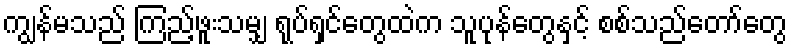
ကျွန်မသည် ကြည့်ဖူးသမျှ ရုပ်ရှင်တွေထဲက သူပုန်တွေနှင့် စစ်သည်တော်တွေ